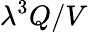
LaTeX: \lambda^{3}Q/V